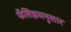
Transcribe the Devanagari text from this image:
फॅसिझमनुसार